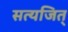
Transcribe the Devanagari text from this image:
सत्यजित्